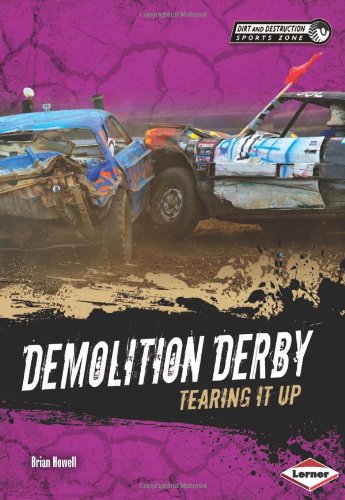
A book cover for Demolition Derby: Tearing It Up (Dirt and Destruction Sports Zone); Brian Howell; Children's Books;